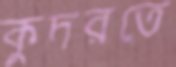
কুদরতে